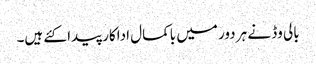
بالی وڈ نے ہر دور میں باکمال اداکار پیدا کئے ہیں۔